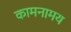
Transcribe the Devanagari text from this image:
कामनामय